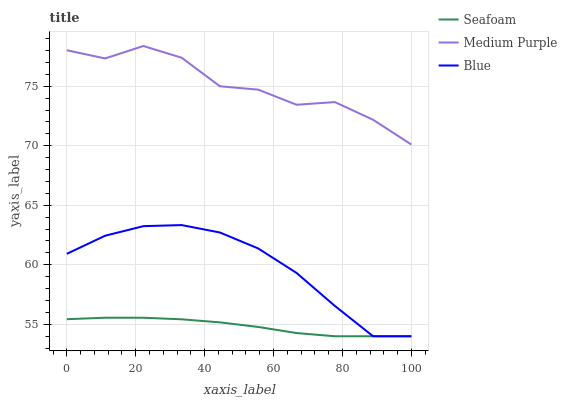
| xaxis_label | Seafoam | Medium Purple | Blue |
 | --- | --- | --- | --- |
 | 0 | 55.4 | 78 | 60.9 |
 | 11.1 | 55.6 | 77.3 | 62.4 |
 | 22.2 | 55.6 | 78.4 | 63.2 |
 | 33.3 | 55.4 | 77.4 | 63.3 |
 | 44.4 | 55.2 | 75 | 62.7 |
 | 55.6 | 54.8 | 74.7 | 61.4 |
 | 66.7 | 54.3 | 73.4 | 59.3 |
 | 77.8 | 54 | 73.7 | 56.6 |
 | 88.9 | 54 | 72.2 | 54 |
 | 100 | 54 | 70.1 | 54 |